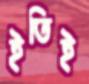
ইতিই